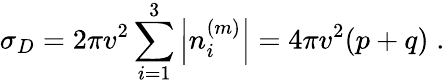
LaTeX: \sigma_{D}=2\pi v^{2}\sum_{i=1}^{3}\left|n_{i}^{(m)}\right|=4\pi v^{2}(p+q)\; .